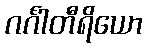
ဂင်္ဂါတီရိယော